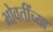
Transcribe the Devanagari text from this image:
भोवतींच्या